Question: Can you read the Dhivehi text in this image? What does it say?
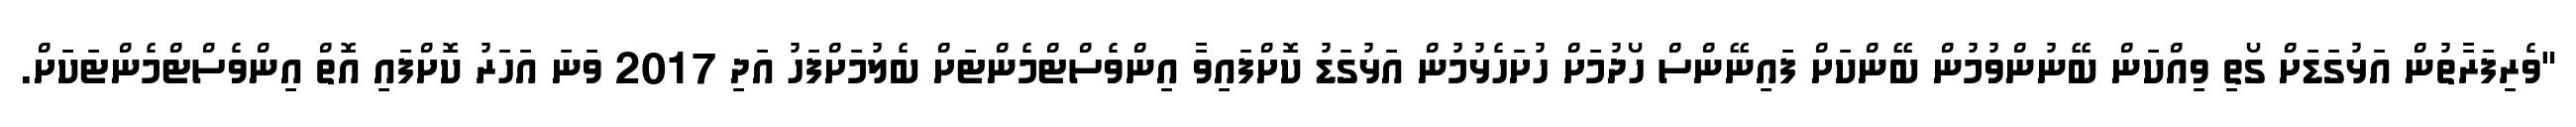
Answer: "ވެރިފަރާތުން އަޅުގަޑަށް ގޯތި ވިއްކަން ބޭނުންވުމުން ބޭންކަށް ފައިނޭންސް ހޯދުމަށް ހުށަހެޅުމުން އަޅުގަޑު ކޮށްފައިވާ އިންވެސްޓްމެންޓަށް ބެލުމަށްފަހު އަދި 2017 ވަނަ އަހަރު ކޮށްފައި އޮތް އިންވެސްޓްމެންޓަކަށް.